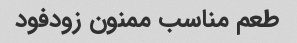
طعم مناسب ممنون زودفود